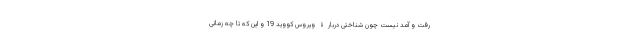
رفت و آمد نیست چون شناختی دربارۀ ویروس کووید 19 و این که تا چه زمانی